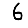
Digit: 6